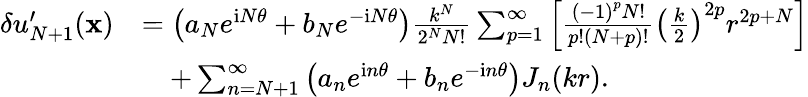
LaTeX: \begin{array}{rl}{\delta u_{N+1}^{\prime}(\mathbf x)}&{=\left({a_{N}}{e^{\mathrm iN\theta}}+{b_{N}}{e^{-\mathrm iN\theta}}\right){\frac{{k^{N}}}{{2^{N}}N!}}\sum_{p=1}^{\infty}{\left[{{\frac{{{(-1)}^{p}}N!}{p!(N+p)!}}{{\left({{\frac{k}{2}}}\right)}^{2p}}{r^{2p+N}}}\right]}}\\ &{\quad+\sum_{n=N+1}^{\infty}{\left({a_{n}}{e^{\mathrm in\theta}}+{b_{n}}{e^{-\mathrm in\theta}}\right){J_{n}}(kr)}.}\end{array}